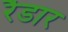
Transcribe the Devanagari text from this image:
रैडार